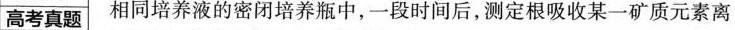
高考真题 相同培养液的密闭培养瓶中，一段时间后，测定根吸收某一矿质元素离